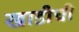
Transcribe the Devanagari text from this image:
खाडीची